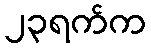
၂၃ရက်က